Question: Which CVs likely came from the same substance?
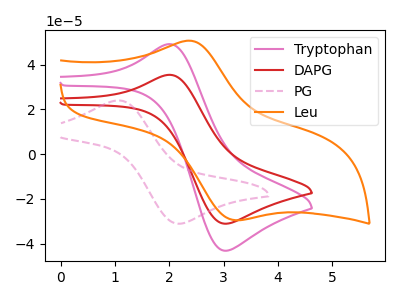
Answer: <think>The pink curve "Tryptophan" has an anodic peak at (2.00V, 49.15uA) and a cathodic peak at (3.05V, -43.25uA). The red curve "DAPG" has an anodic peak at (2.00V, 35.40uA) and a cathodic peak at (3.05V, -31.15uA). The pink dashed curve "PG" has an anodic peak at (1.05V, 23.95uA) and a cathodic peak at (2.20V, -31.15uA). The orange curve "Leu" has an anodic peak at (2.45V, 50.50uA) and a cathodic peak at (3.30V, -29.55uA).
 All the peaks in "Tryptophan" have a peak in "DAPG" at the same potential. Every peak in "Tryptophan" is higher than every peak in "DAPG". "Tryptophan" and "PG" have at least one peak that do not match. "Tryptophan" and "Leu" have at least one peak that do not match. "DAPG" and "PG" have at least one peak that do not match. "DAPG" and "Leu" have at least one peak that do not match. "PG" and "Leu" have at least one peak that do not match.</think>
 <answer>"DAPG" and "Tryptophan" have the same shape and are likely CV's of the same chemical.</answer>
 <eval>"DAPG" "Tryptophan"</eval>